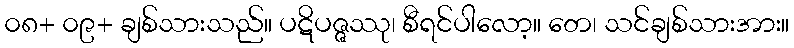
၀၈+ ၀၉+ ချစ်သားသည်။ ပဋိပဇ္ဇဿု၊ စီရင်ပါလော့။ တေ၊ သင်ချစ်သားအား။